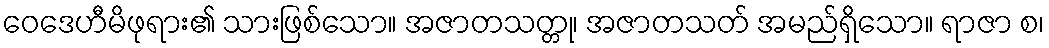
ဝေဒေဟီမိဖုရား၏ သားဖြစ်သော။ အဇာတသတ္တု၊ အဇာတသတ် အမည်ရှိသော။ ရာဇာ စ၊